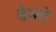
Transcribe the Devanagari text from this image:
वेस्तो